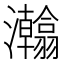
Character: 𱪗